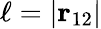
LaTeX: \ell=\left|\mathbf{r}_{12}\right|